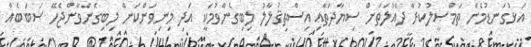
އަޅުގަނޑުމެން ތަމްޞީލުކުރާ ދައުލަތަށް ސިޔާދަތާއި އިސްތިޤުލާލު ލިބިގެންވުމަކީ އަދި މިނިވަންކަން ލިބިގެންވާންޖެހޭ ސަބަބެއް